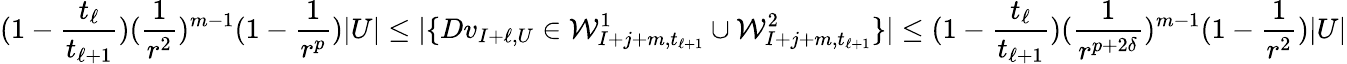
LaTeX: (1-\frac{t_{\ell}}{t_{\ell+1}})(\frac{1}{r^{2}})^{m-1}(1-\frac{1}{r^{p}})|U|\leq|\{ Dv_{I+\ell,U}\in\mathcal{W}_{I+j+m,t_{\ell+1}}^{1}\cup\mathcal{W}_{I+j+m,t_{\ell+1}}^{2}\} |\newline\leq(1-\frac{t_{\ell}}{t_{\ell+1}})(\frac{1}{r^{p+2\delta}})^{m-1}(1-\frac{1}{r^{2}})|U|